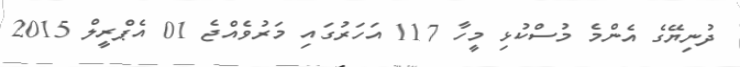
ދުނިޔޭގެ އެންމެ މުސްކުޅި މީހާ 117 އަހަރުގައި މަރުވެއްޖެ 01 އެޕްރީލް 2015